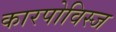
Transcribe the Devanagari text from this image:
कारपोविस्ज